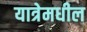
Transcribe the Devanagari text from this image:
यात्रेमधील